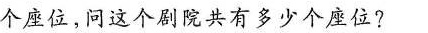
个座位，问这个剧院共有多少个座位?